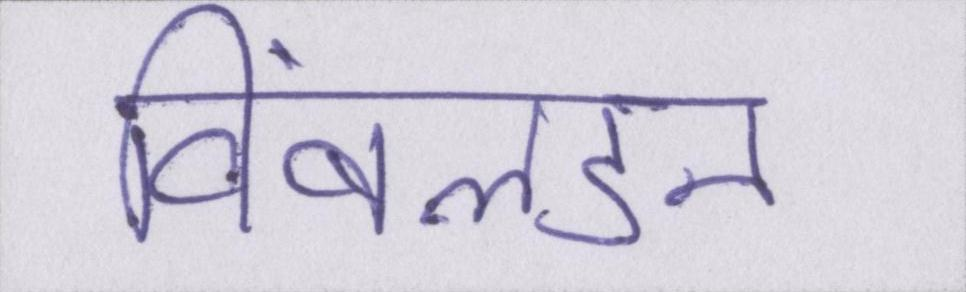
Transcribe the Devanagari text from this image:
विंबलडन